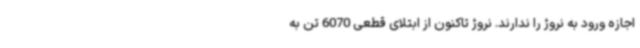
اجازه ورود به نروژ را ندارند. نروژ تاکنون از ابتلای قطعی 6070 تن به